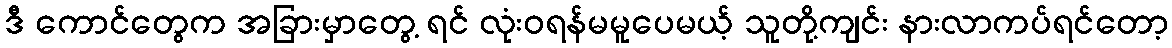
ဒီ ကောင်တွေက အခြားမှာတွေ့ ရင် လုံးဝရန်မမူပေမယ့် သူတို့ကျင်း နားလာကပ်ရင်တော့